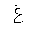
Letter: _gayn